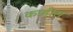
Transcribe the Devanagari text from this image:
काडीस